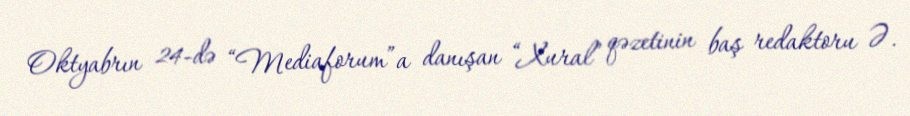
Oktyabrın 24-də “Mediaforum”a danışan “Xural” qəzetinin baş redaktoru Ə.